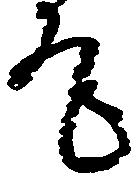
尾